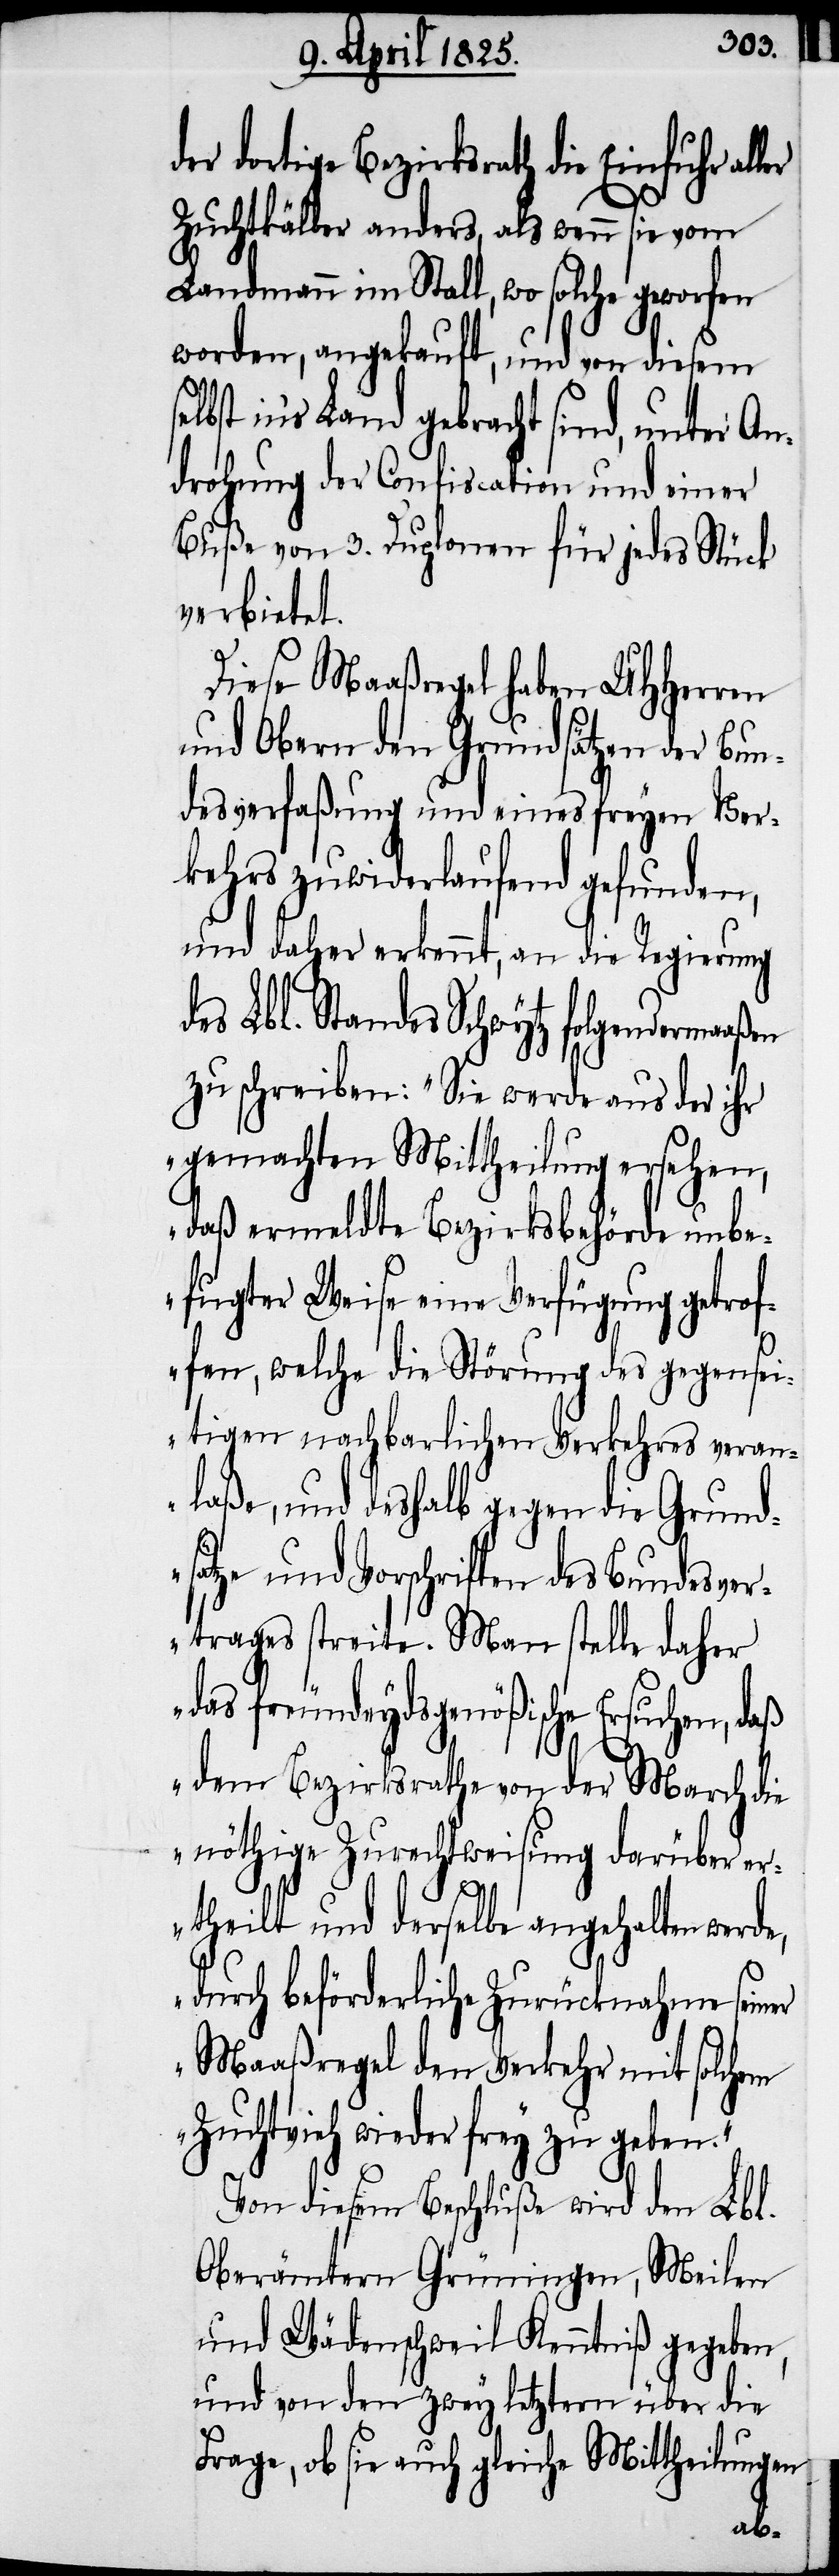
der dortige Bezirksrath die Einfuhr
Zuchtkälber anders, als wenn sie vom
Landmann im Stall, wo solche geworfen
worden, angekauft, und von diesem
in’s Land gebracht sind, unter An¬
drohung der Confiscation und einer
Buße von 3. Duplonen für jedes Stück
verbietet.
Diese Maaßregel haben UHHerren
und Obern den Grundsätzen der Bun¬
desverfaßung und eines freyen Ver¬
kehrs zuwiderlaufend gefunden,
und daher erkennt, an die Regierung
des Lbl. Standes Schwytz folgendema¬
zu schreiben: „Sie werde aus der ihr
gemachten Mittheilung ersehen,
daß ermeldte Bezirksbehörde unbe¬
fugter Weise eine Verfügung getrof¬
fen, welche die Störung des gegensei¬
tigen nachbarlichen Verkehres veran¬
laße, und deshalb gegen die Grund¬
sätze und Vorschriften des Bundesver¬
trages streite. Man stelle daher
das freundeydsgenößische Ersuchen,
dem Bezirksrathe von der March die
nöthige Zurechtweisung darüber er¬
theilt und derselbe angehalten werde,
durch beförderliche Zurücknahme seiner
Maaßregel den Verkehr mit solchem
Zuchtvieh wieder frey zu geben.“
Von diesem Beschluße wird den Lbl.
Oberämtern Grüningen, Meilen
und Wädenschweil Kenntniß gegeben,
und von den zwey letztern über die
Frage, ob sie auch gleiche Mittheilungen
aßen